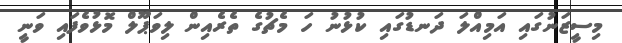
މިސީޒަނުގައި އަމިއްލަ ދަނޑުގައި ކުޅުނު ހަ މެޗުގެ ތެރެއިން ލިވަޕޫލް މޮޅުވެފައި ވަނީ